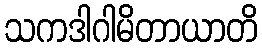
သကဒါဂါမိတာယာတိ